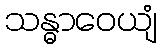
သန္ဓာဝေယျံ